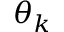
\theta _ { k }